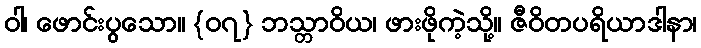
ဝါ၊ ဖောင်းပွသော။ {၀၇} ဘသ္တာဝိယ၊ ဖားဖိုကဲ့သို့။ ဇီဝိတပရိယာဒါနာ၊